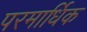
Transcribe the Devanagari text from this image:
परमार्धिक